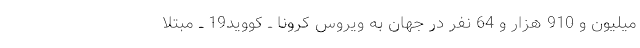
میلیون و 910 هزار و 64 نفر در جهان به ویروس کرونا ــ کووید19 ــ مبتلا